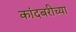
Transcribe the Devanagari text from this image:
कांदबरीच्या